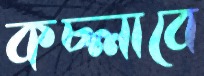
কচ্‌লাবে